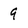
Character: 9